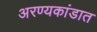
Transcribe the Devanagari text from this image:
अरण्यकांडात